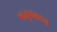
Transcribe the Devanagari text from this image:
ऋतुचक्रात